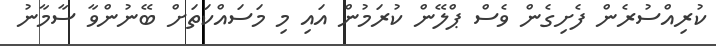
ކުރިއްސުރެން ފެށިގެން ވެސް ޕްލޭން ކުރަމުން އައި މި މަސައްކަތަށް ބޭނުންވާ ސާމާނު